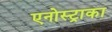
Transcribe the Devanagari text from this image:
एनोस्ट्राका